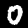
Digit: 0